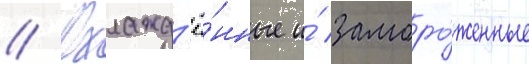
// Охлажд'ё́нные и́ заморо́женные